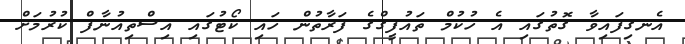
އެނގިފައިވާ ގޮތުގައި އެ ހުކުމް ތައުފީގްގެ ފަރާތުން ހައި ކޯޓުގައި އިސްތިއުނާފް ކުރުމަށް